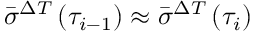
\bar { \sigma } ^ { \Delta T } \left( \tau _ { i - 1 } \right) \approx \bar { \sigma } ^ { \Delta T } \left( \tau _ { i } \right)